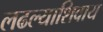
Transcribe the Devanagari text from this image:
लढल्याशिवाय